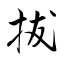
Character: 拔